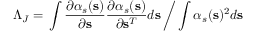
\Lambda _ { J } = \left. \int \frac { \partial \alpha _ { s } ( \mathbf { s } ) } { \partial \mathbf { s } } \frac { \partial \alpha _ { s } ( \mathbf { s } ) } { \partial \mathbf { s } ^ { T } } d \mathbf { s } \, \middle / \, \int \alpha _ { s } ( \mathbf { s } ) ^ { 2 } d \mathbf { s } \right.